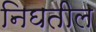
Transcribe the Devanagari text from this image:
निघतील